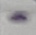
Text: -